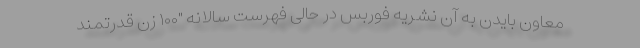
معاون بایدن به آن نشریه فوربس در حالی فهرست سالانه "۱۰۰ زن قدرتمند